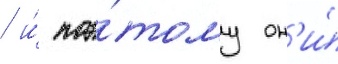
/ и́ поэ́тому он'и́